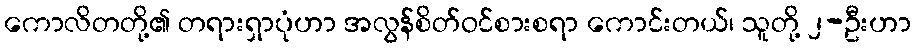
ကောလိတတို့၏ တရားရှာပုံဟာ အလွန်စိတ်ဝင်စားစရာ ကောင်းတယ်၊ သူတို့ ၂-ဦးဟာ